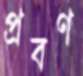
প্রবণ